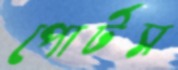
পোর্টস